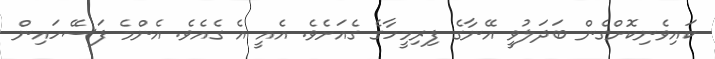
ކައިވެނިކޮށްގެން ބަދަލުވީ އޭނާގެ ފިރިމީހާގެ ގެއަށެވެ. އެއީ އެ ގެއެވެ. އެންމެ ފަސޭހައިން